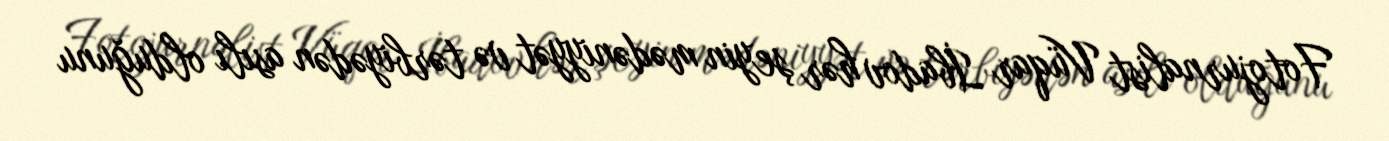
Fotojurnalist Vüqar İbadov hər şeyin mədəniyyət və tərbiyədən asılı olduğunu